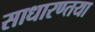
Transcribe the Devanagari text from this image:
साधारण्तया